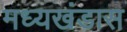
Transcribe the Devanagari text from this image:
मध्यखंडास